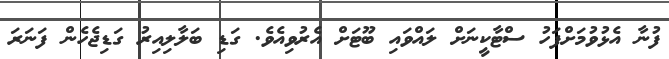
ފުނާ އެޅުވުމަށްފަހު ސްޓާކީނަށް ލައްވައި ބޫޓަށް އެރުވިއެވެ. ގަޑި ބަލާލިއިރު ގަޑިޖެހެން ފަނަރަ